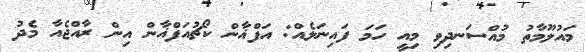
މައުލޫމާތު މުއްސަނދިވި މިއީ ހަމަ ފައިނަލެއް: އަފްޣާން ކޯޗުއަފްޣާން އިން ރާއްޖެއާ މެދު